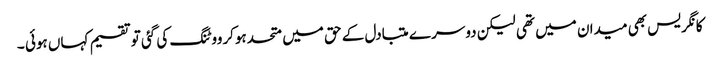
کانگریس بھی میدان میں تھی لیکن دوسر ے متبادل کے حق میں متحدہوکرووٹنگ کی گئی توتقسیم کہاں ہوئی ۔